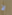
لا